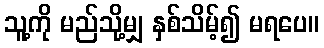
သူ့ကို မည်သို့မျှ နှစ်သိမ့်၍ မရပေ။